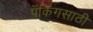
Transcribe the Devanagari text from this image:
पॅकिंगसाठी